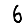
Digit: 6